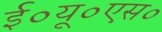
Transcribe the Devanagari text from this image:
ई०यू०एस०